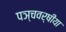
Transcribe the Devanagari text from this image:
पञ्चवर्षीया